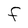
Character: F